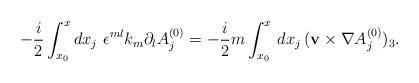
LaTeX: \begin{align*}- \frac{i}{2} \int_{x_0}^x dx_j \,\,\epsilon^{ml} k_m \partial_lA^{(0)}_j = -\frac{i}{2}m \int_{x_0}^x \,dx_j \, ({\bf v} \times\nabla A^{(0)}_j)_3. \end{align*}